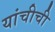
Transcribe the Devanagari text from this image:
यांचीची